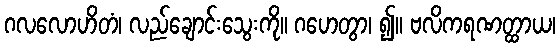
ဂလလောဟိတံ၊ လည်ချောင်းသွေးကို။ ဂဟေတွာ၊ ၍။ ဗလိကရဏတ္ထာယ၊